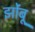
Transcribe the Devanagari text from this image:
झोंंबू